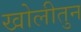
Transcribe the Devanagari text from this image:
खोलीतुन